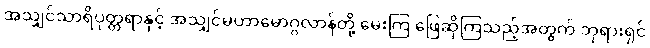
အသျှင်သာရိပုတ္တရာနှင့် အသျှင်မဟာမောဂ္ဂလာန်တို့ မေးကြ ဖြေဆိုကြသည့်အတွက် ဘုရားရှင်